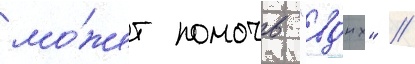
мо́жет помочь "вднх" //